Scottish Certificate of Education, 1963
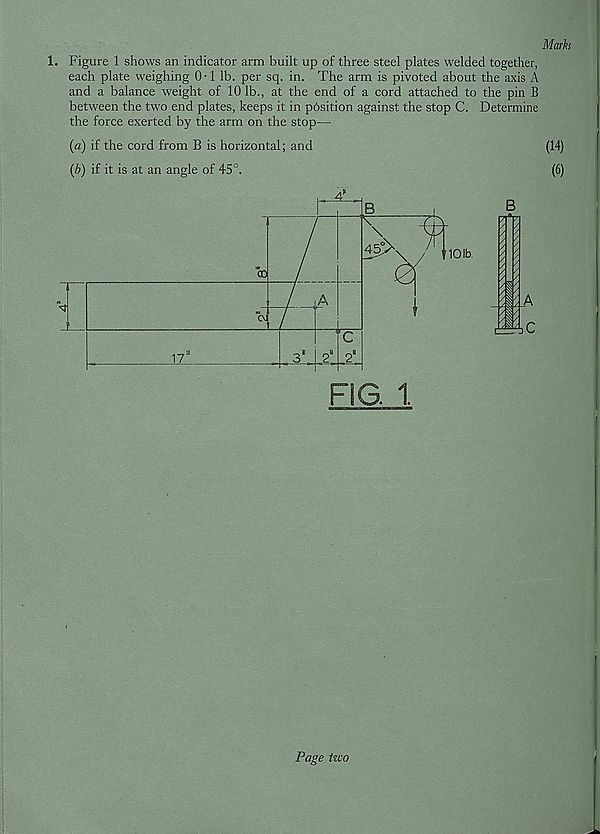
Marks
1. Figure 1 shows an indicator arm built up of three steel plates welded together,
each plate weighing 0-1 lb. per sq. in. The arm is pivoted about the axis A
and a balance weight of 10 lb., at the end of a cord attached to the pin B
between the two end plates, keeps it in position against the stop C. Determine
the force exerted by the arm on the stop—
(a) if the cord from B is horizontal; and
(14)
(b) if it is at an angle of 45°.
(6)
/
s/
I 7
a
§ ✓
bC
Page two